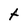
Character: t